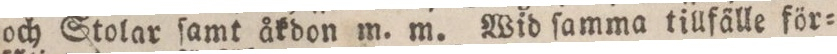
och Stolar ſamt åkdon m. m. Wid ſamma tillfälle för=